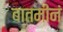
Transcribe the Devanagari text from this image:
बातमीनं